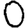
Digit: 0